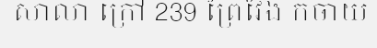
សាលា ក្រៅ 239 ព្រៃវែង កំចាយ